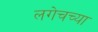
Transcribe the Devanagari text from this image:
लगेचच्या